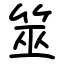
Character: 筮